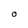
Character: O